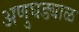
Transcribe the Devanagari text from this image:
अणुघड्याळ